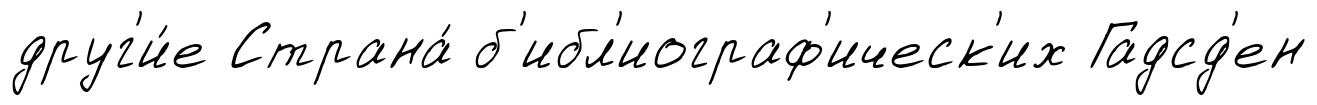
друг'и́е Страна́ б'ибл'иограф'ическ'их Гадсд'ен